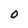
Character: 0